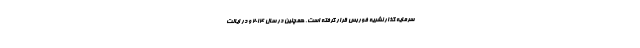
سرمایه گذار نشریه فوربس قرار گرفته است. همچنین در سال 2014 و در ایالت